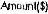
AMOUNL($)